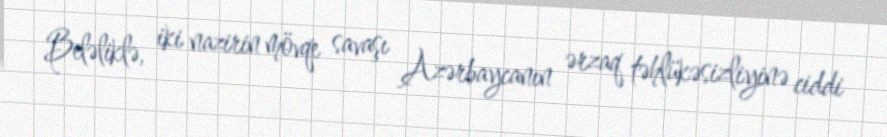
Beləliklə, iki nazirin mövqe savaşı Azərbaycanın ərzaq təhlükəsizliyinə ciddi